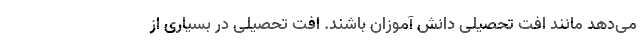
می‌دهد مانند افت تحصیلی دانش آموزان باشند. افت تحصیلی در بسیاری از